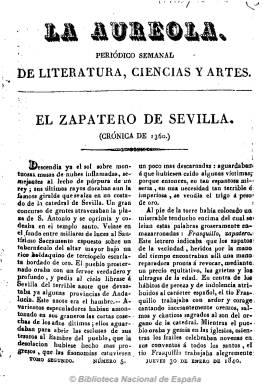
Título: La Aureola (Cádiz)
Colección: Literatura || Revistas de información general
Ámbito geográfico: Cádiz
Lugar de publicación: Cádiz
Fechas: 07/05/1840-28/05/1840

Periódico semanal de literatura, ciencias y artes, tal como reza su subtítulo, genuinamente del periodo romántico andaluz, en el que colaboran entre otros, unos jóvenes Manuel Cañete (1822-1891), José Amador de los Ríos (1818-1839) y Gertrudis Gómez de Avellaneda (1814-1873). Publica artículos literarios, de costumbres y de divulgación, así como poemas y alguna novela por entregas. Resalta la información de los actos culturales que se celebran en Cádiz, principalmente los teatrales.
Empieza a publicarse el ocho de agosto de 1839 por el editor e impresor F. Álvarez, y a partir del seis de febrero de 1840 en la imprenta de Domingo Feros, a cargo de N. Guerrero, año en que empieza a numerar y aumentar el número de páginas de sus ejemplares.
La colección de la Biblioteca Nacional corresponde a tres números del año 1840. Las colecciones de la Hemeroteca Municipal de Madrid y de la Biblioteca ‘José Celestino Mutis’, de Cádiz, contienen más números, pero no llegan a completarla totalmente.